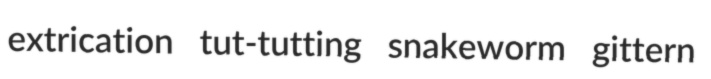
extrication tut-tutting snakeworm gittern